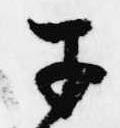
于